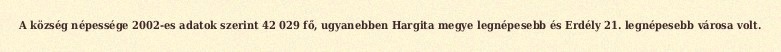
A község népessége 2002-es adatok szerint 42 029 fő, ugyanebben Hargita megye legnépesebb és Erdély 21. legnépesebb városa volt.